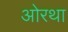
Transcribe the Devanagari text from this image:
ओरथा